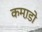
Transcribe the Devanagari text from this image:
कमा़डो